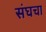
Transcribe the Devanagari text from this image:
संघचा